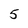
Character: 5